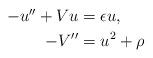
LaTeX: \begin{align*}\begin{aligned}-u''+Vu &=\epsilon u, \\-V'' &=u^{2}+\rho\end{aligned}\end{align*}